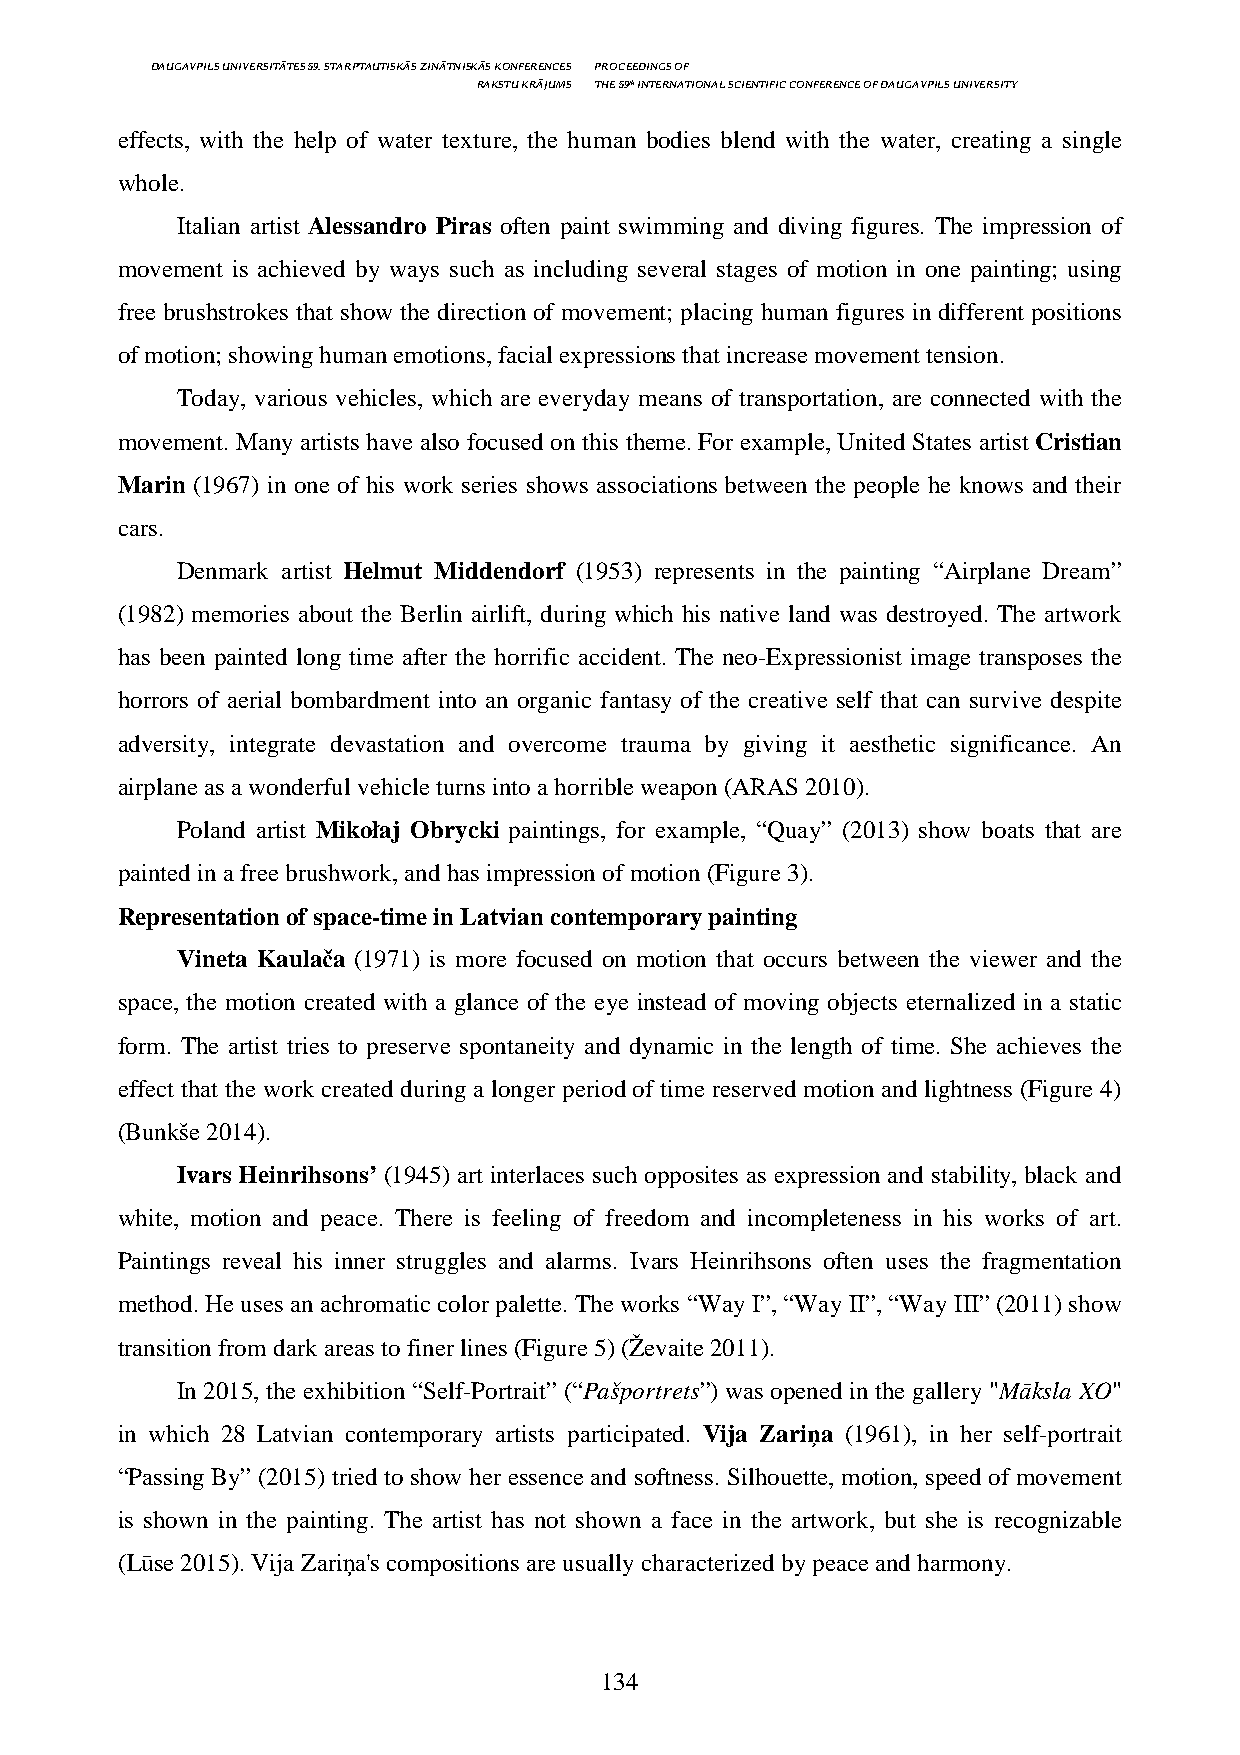
DAUGAVPILS UNIVERSITĀTES 59. STARPTAUTISKĀS ZINĀTNISKĀS KONFERENCES PROCEEDINGS OF
 RAKSTU KRĀJUMS THE 59th INTERNATIONAL SCIENTIFIC CONFERENCE OF DAUGAVPILS UNIVERSITY
 effects, with the help of water texture, the human bodies blend with the water, creating a single
 whole.
 Italian artist Alessandro Piras often paint swimming and diving figures. The impression of
 movement is achieved by ways such as including several stages of motion in one painting; using
 free brushstrokes that show the direction of movement; placing human figures in different positions
 of motion; showing human emotions, facial expressions that increase movement tension.
 Today, various vehicles, which are everyday means of transportation, are connected with the
 movement. Many artists have also focused on this theme. For example, United States artist Cristian
 Marin (1967) in one of his work series shows associations between the people he knows and their
 cars.
 Denmark artist Helmut Middendorf (1953) represents in the painting “Airplane Dream”
 (1982) memories about the Berlin airlift, during which his native land was destroyed. The artwork
 has been painted long time after the horrific accident. The neo-Expressionist image transposes the
 horrors of aerial bombardment into an organic fantasy of the creative self that can survive despite
 adversity, integrate devastation and overcome trauma by giving it aesthetic significance. An
 airplane as a wonderful vehicle turns into a horrible weapon (ARAS 2010).
 Poland artist Mikołaj Obrycki paintings, for example, “Quay” (2013) show boats that are
 painted in a free brushwork, and has impression of motion (Figure 3).
 Representation of space-time in Latvian contemporary painting
 Vineta Kaulača (1971) is more focused on motion that occurs between the viewer and the
 space, the motion created with a glance of the eye instead of moving objects eternalized in a static
 form. The artist tries to preserve spontaneity and dynamic in the length of time. She achieves the
 effect that the work created during a longer period of time reserved motion and lightness (Figure 4)
 (Bunkše 2014).
 Ivars Heinrihsons’ (1945) art interlaces such opposites as expression and stability, black and
 white, motion and peace. There is feeling of freedom and incompleteness in his works of art.
 Paintings reveal his inner struggles and alarms. Ivars Heinrihsons often uses the fragmentation
 method. He uses an achromatic color palette. The works “Way I”, “Way II”, “Way III” (2011) show
 transition from dark areas to finer lines (Figure 5) (Ževaite 2011).
 In 2015, the exhibition “Self-Portrait” (“Pašportrets”) was opened in the gallery "Māksla XO"
 in which 28 Latvian contemporary artists participated. Vija Zariņa (1961), in her self-portrait
 “Passing By” (2015) tried to show her essence and softness. Silhouette, motion, speed of movement
 is shown in the painting. The artist has not shown a face in the artwork, but she is recognizable
 (Lūse 2015). Vija Zariņa's compositions are usually characterized by peace and harmony.
 134